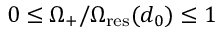
0 \leq \Omega _ { + } / \Omega _ { \mathrm { r e s } } ( d _ { 0 } ) \leq 1